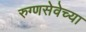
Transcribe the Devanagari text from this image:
रुग्णसेवेच्या